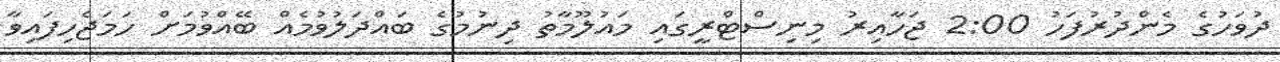
ދުވަހުގެ މެންދުރުފަހު 2:00 ޖަހާއިރު މިނިސްޓްރީގައި މައުލޫމާތު ދިނުމުގެ ބައްދަލުވުމެއް ބޭއްވުމަށް ހަމަޖެހިފައިވާ